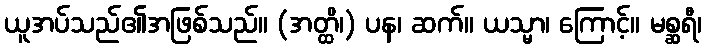
ယူအပ်သည်၏အဖြစ်သည်။ (အတ္ထိ၊) ပန၊ ဆက်။ ယသ္မာ၊ ကြောင့်။ မစ္ဆရီ၊